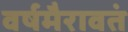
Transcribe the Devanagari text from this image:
वर्षमैरावतं